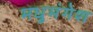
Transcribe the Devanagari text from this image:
मधुमंगेश